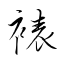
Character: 裱